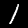
Digit: 1